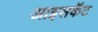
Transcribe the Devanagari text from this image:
आइसकॅट